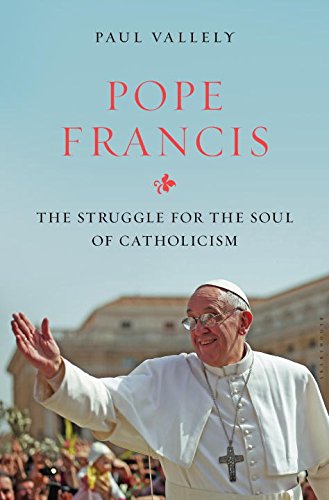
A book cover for Pope Francis: The Struggle for the Soul of Catholicism; Paul Vallely; Christian Books & Bibles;